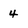
Character: 4